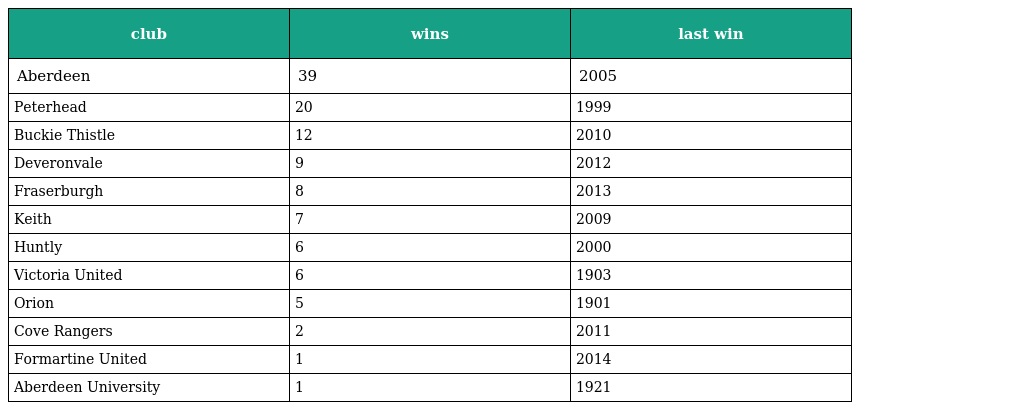
| club | wins | last win |
 | --- | --- | --- |
 | Aberdeen | 39 | 2005 |
 | Peterhead | 20 | 1999 |
 | Buckie Thistle | 12 | 2010 |
 | Deveronvale | 9 | 2012 |
 | Fraserburgh | 8 | 2013 |
 | Keith | 7 | 2009 |
 | Huntly | 6 | 2000 |
 | Victoria United | 6 | 1903 |
 | Orion | 5 | 1901 |
 | Cove Rangers | 2 | 2011 |
 | Formartine United | 1 | 2014 |
 | Aberdeen University | 1 | 1921 |